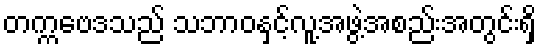
တက္ကဗေဒသည် သဘာဝနှင့်လူ့အဖွဲ့အစည်းအတွင်းရှိ